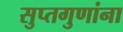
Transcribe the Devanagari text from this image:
सुप्तगुणांना